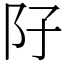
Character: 䦻